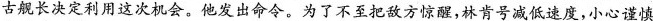
古舰长决定利用这次机会。他发出命令。为了不至把敌方惊醒，林肯号减低速度，小心谨慎